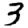
Digit: 3